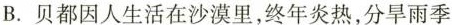
B. 贝都因人生活在沙漠里，终年炎热，分旱雨季